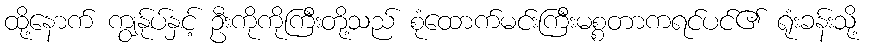
ထို့နောက် ကျွန်ုပ်နှင့် ဦးကိုကိုကြီးတို့သည် စုံထောက်မင်းကြီးမစ္စတာကရင်ပင်၏ ရုံးခန်းသို့